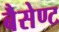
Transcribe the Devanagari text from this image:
बैसेण्ट